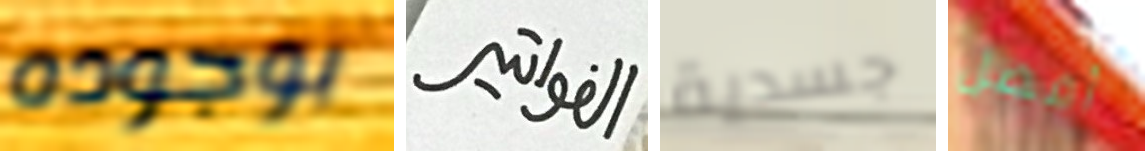
بوجوده الفواتير جسدية أفضل